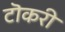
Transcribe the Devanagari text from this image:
टॊकरी